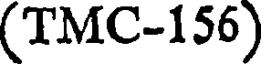
(TMC-156)